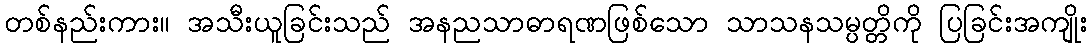
တစ်နည်းကား။ အသီးယူခြင်းသည် အနညသာဓာရဏဖြစ်သော သာသနသမ္ပတ္တိကို ပြခြင်းအကျိုး